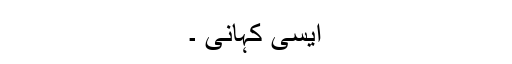
ایسی کہانی ۔